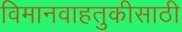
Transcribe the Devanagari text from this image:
विमानवाहतुकीसाठी